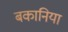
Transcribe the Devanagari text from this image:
बकानिया